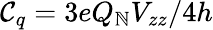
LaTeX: \mathcal{C}_{q}=3eQ_{\mathbb{N}}V_{zz}/4h